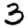
Digit: 3